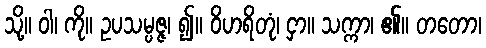
သို့။ ဝါ၊ ကို။ ဥပသမ္ပဇ္ဇ၊ ၍။ ဝိဟရိတုံ၊ ငှာ။ သက္ကာ၊ ၏။ တတော၊